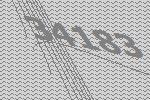
34183